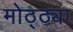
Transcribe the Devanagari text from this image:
मोठ्ठ्या